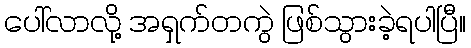
ပေါ်လာလို့ အရှက်တကွဲ ဖြစ်သွားခဲ့ရပါပြီ။